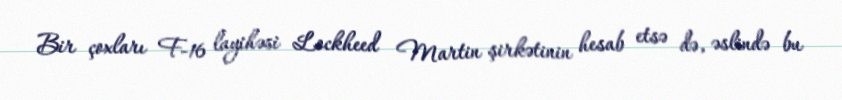
Bir çoxları F-16 layihəsi Lockheed Martin şirkətinin hesab etsə də, əslində bu